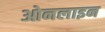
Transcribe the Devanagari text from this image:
ओनलाइन